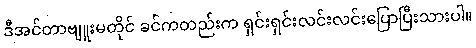
ဒီအင်တာဗျူးမတိုင် ခင်ကတည်းက ရှင်းရှင်းလင်းလင်းပြောပြီးသားပါ။